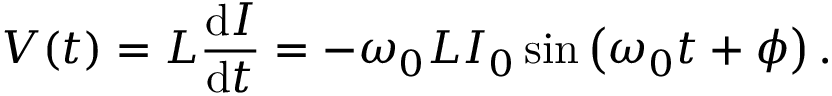
V ( t ) = L { \frac { \mathrm { d } I } { \mathrm { d } t } } = - \omega _ { 0 } L I _ { 0 } \sin \left( \omega _ { 0 } t + \phi \right) .